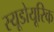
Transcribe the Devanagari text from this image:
स्यूडोयूरिक